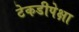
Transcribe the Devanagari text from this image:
टेकडीपेक्षा